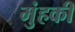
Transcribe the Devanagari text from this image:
मुंहकी